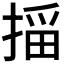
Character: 𫽠